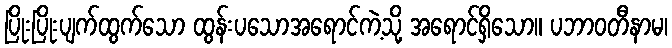
ပြိုးပြိုးပျက်ထွက်သော ထွန်းပသောအရောင်ကဲ့သို့ အရောင်ရှိသော။ ပဘာဝတီနာမ၊